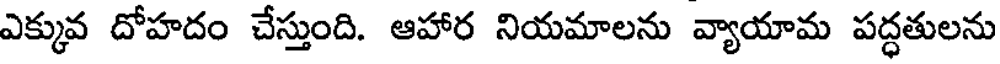
ఎక్కువ దోహదం చేస్తుంది. ఆహార నియమాలను వ్యాయామ పద్ధతులను